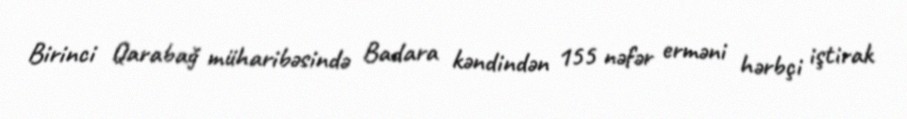
Birinci Qarabağ müharibəsində Badara kəndindən 155 nəfər erməni hərbçi iştirak